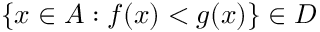
\{ x \in A : f ( x ) < g ( x ) \} \in D